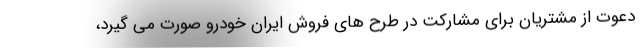
دعوت از مشتریان برای مشارکت در طرح های فروش ایران خودرو صورت می گیرد،